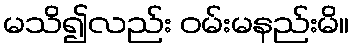
မသိ၍လည်း ဝမ်းမနည်းမိ။